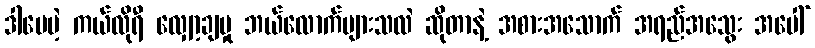
ဒါပေမဲ့ ကယ်လိုရီ လျှော့ချမှု ဘယ်လောက်များသလဲ ဆိုတာနဲ့ အစားအသောက် အရည်အသွေး အပေါ်